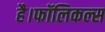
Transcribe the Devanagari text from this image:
है।फॉलिकल्स